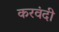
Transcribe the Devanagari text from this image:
करवंदी